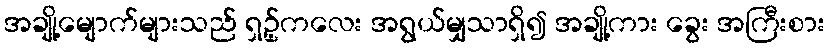
အချို့မျောက်များသည် ရှဥ့်ကလေး အရွယ်မျှသာရှိ၍ အချို့ကား ခွေး အကြီးစား